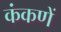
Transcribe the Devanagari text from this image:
कंकणें